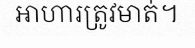
អាហារត្រូវមាត់។